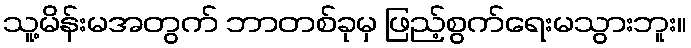
သူ့မိန်းမအတွက် ဘာတစ်ခုမှ ဖြည့်စွက်ရေးမသွားဘူး။